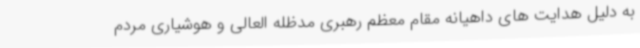
به دلیل هدایت های داهیانه مقام معظم رهبری مدظله العالی و هوشیاری مردم